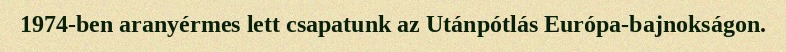
1974-ben aranyérmes lett csapatunk az Utánpótlás Európa-bajnokságon.